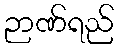
ဉာဏ်ရည်